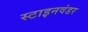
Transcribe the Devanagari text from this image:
स्टाइनवंडर